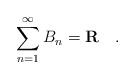
LaTeX: \begin{align*} \sum_{n=1}^{\infty} B_n = \mathbf{R} \quad .\end{align*}